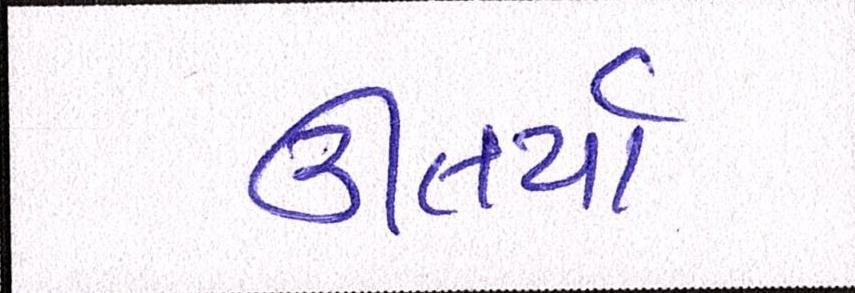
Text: ઊતર્યાં